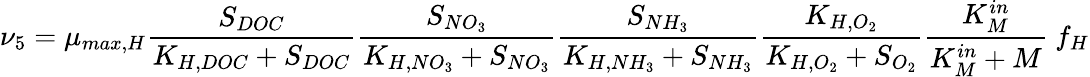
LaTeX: \nu_{5}=\mu_{max,H}\frac{S_{DOC}}{K_{H,DOC}+S_{DOC}}\frac{S_{NO_{3}}}{K_{H,NO_{3}}+S_{NO_{3}}}\frac{S_{NH_{3}}}{K_{H,NH_{3}}+S_{NH_{3}}}\frac{K_{H,O_{2}}}{K_{H,O_{2}}+S_{O_{2}}}\frac{K_{M}^{in}}{K_{M}^{in}+M}\ f_{H}